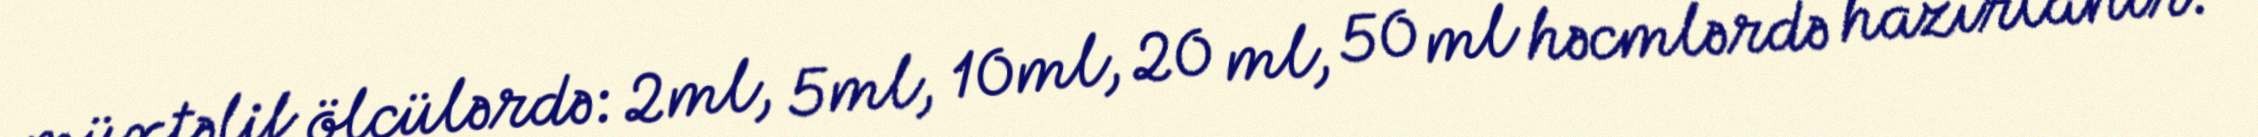
müxtəlif ölçülərdə: 2ml, 5ml, 10ml, 20 ml, 50 ml həcmlərdə hazırlanır.